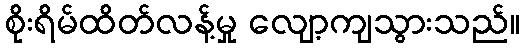
စိုးရိမ်ထိတ်လန့်မှု လျော့ကျသွားသည်။